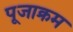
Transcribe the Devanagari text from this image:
पूजाक्रम